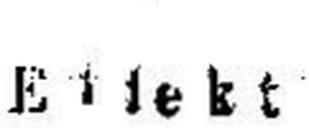
Effekt